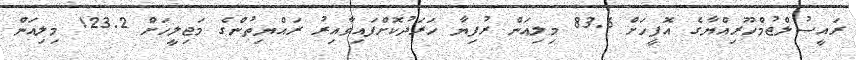
ރައީސުލްޖުމްހޫރިއްޔާގެ އޮފީހަށް 83.6 މިލިއަން ރުފިޔާ ހަރަދުކޮށްފައިވާއިރު ރައްޔިތުންގެ މަޖިލީހަށް 123.2 މިލިއަން